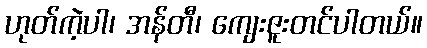
ဟုတ်ကဲ့ပါ၊ အန်တီ၊ ကျေးဇူးတင်ပါတယ်။